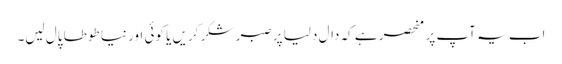
اب یہ آپ پر منحصر ہے کہ دال دلیا پر صبر شکر کریں یا کوئی اور نیا طوطا پال لیں۔